Vabadussoja_Ajaloo_Komitee, lk 14
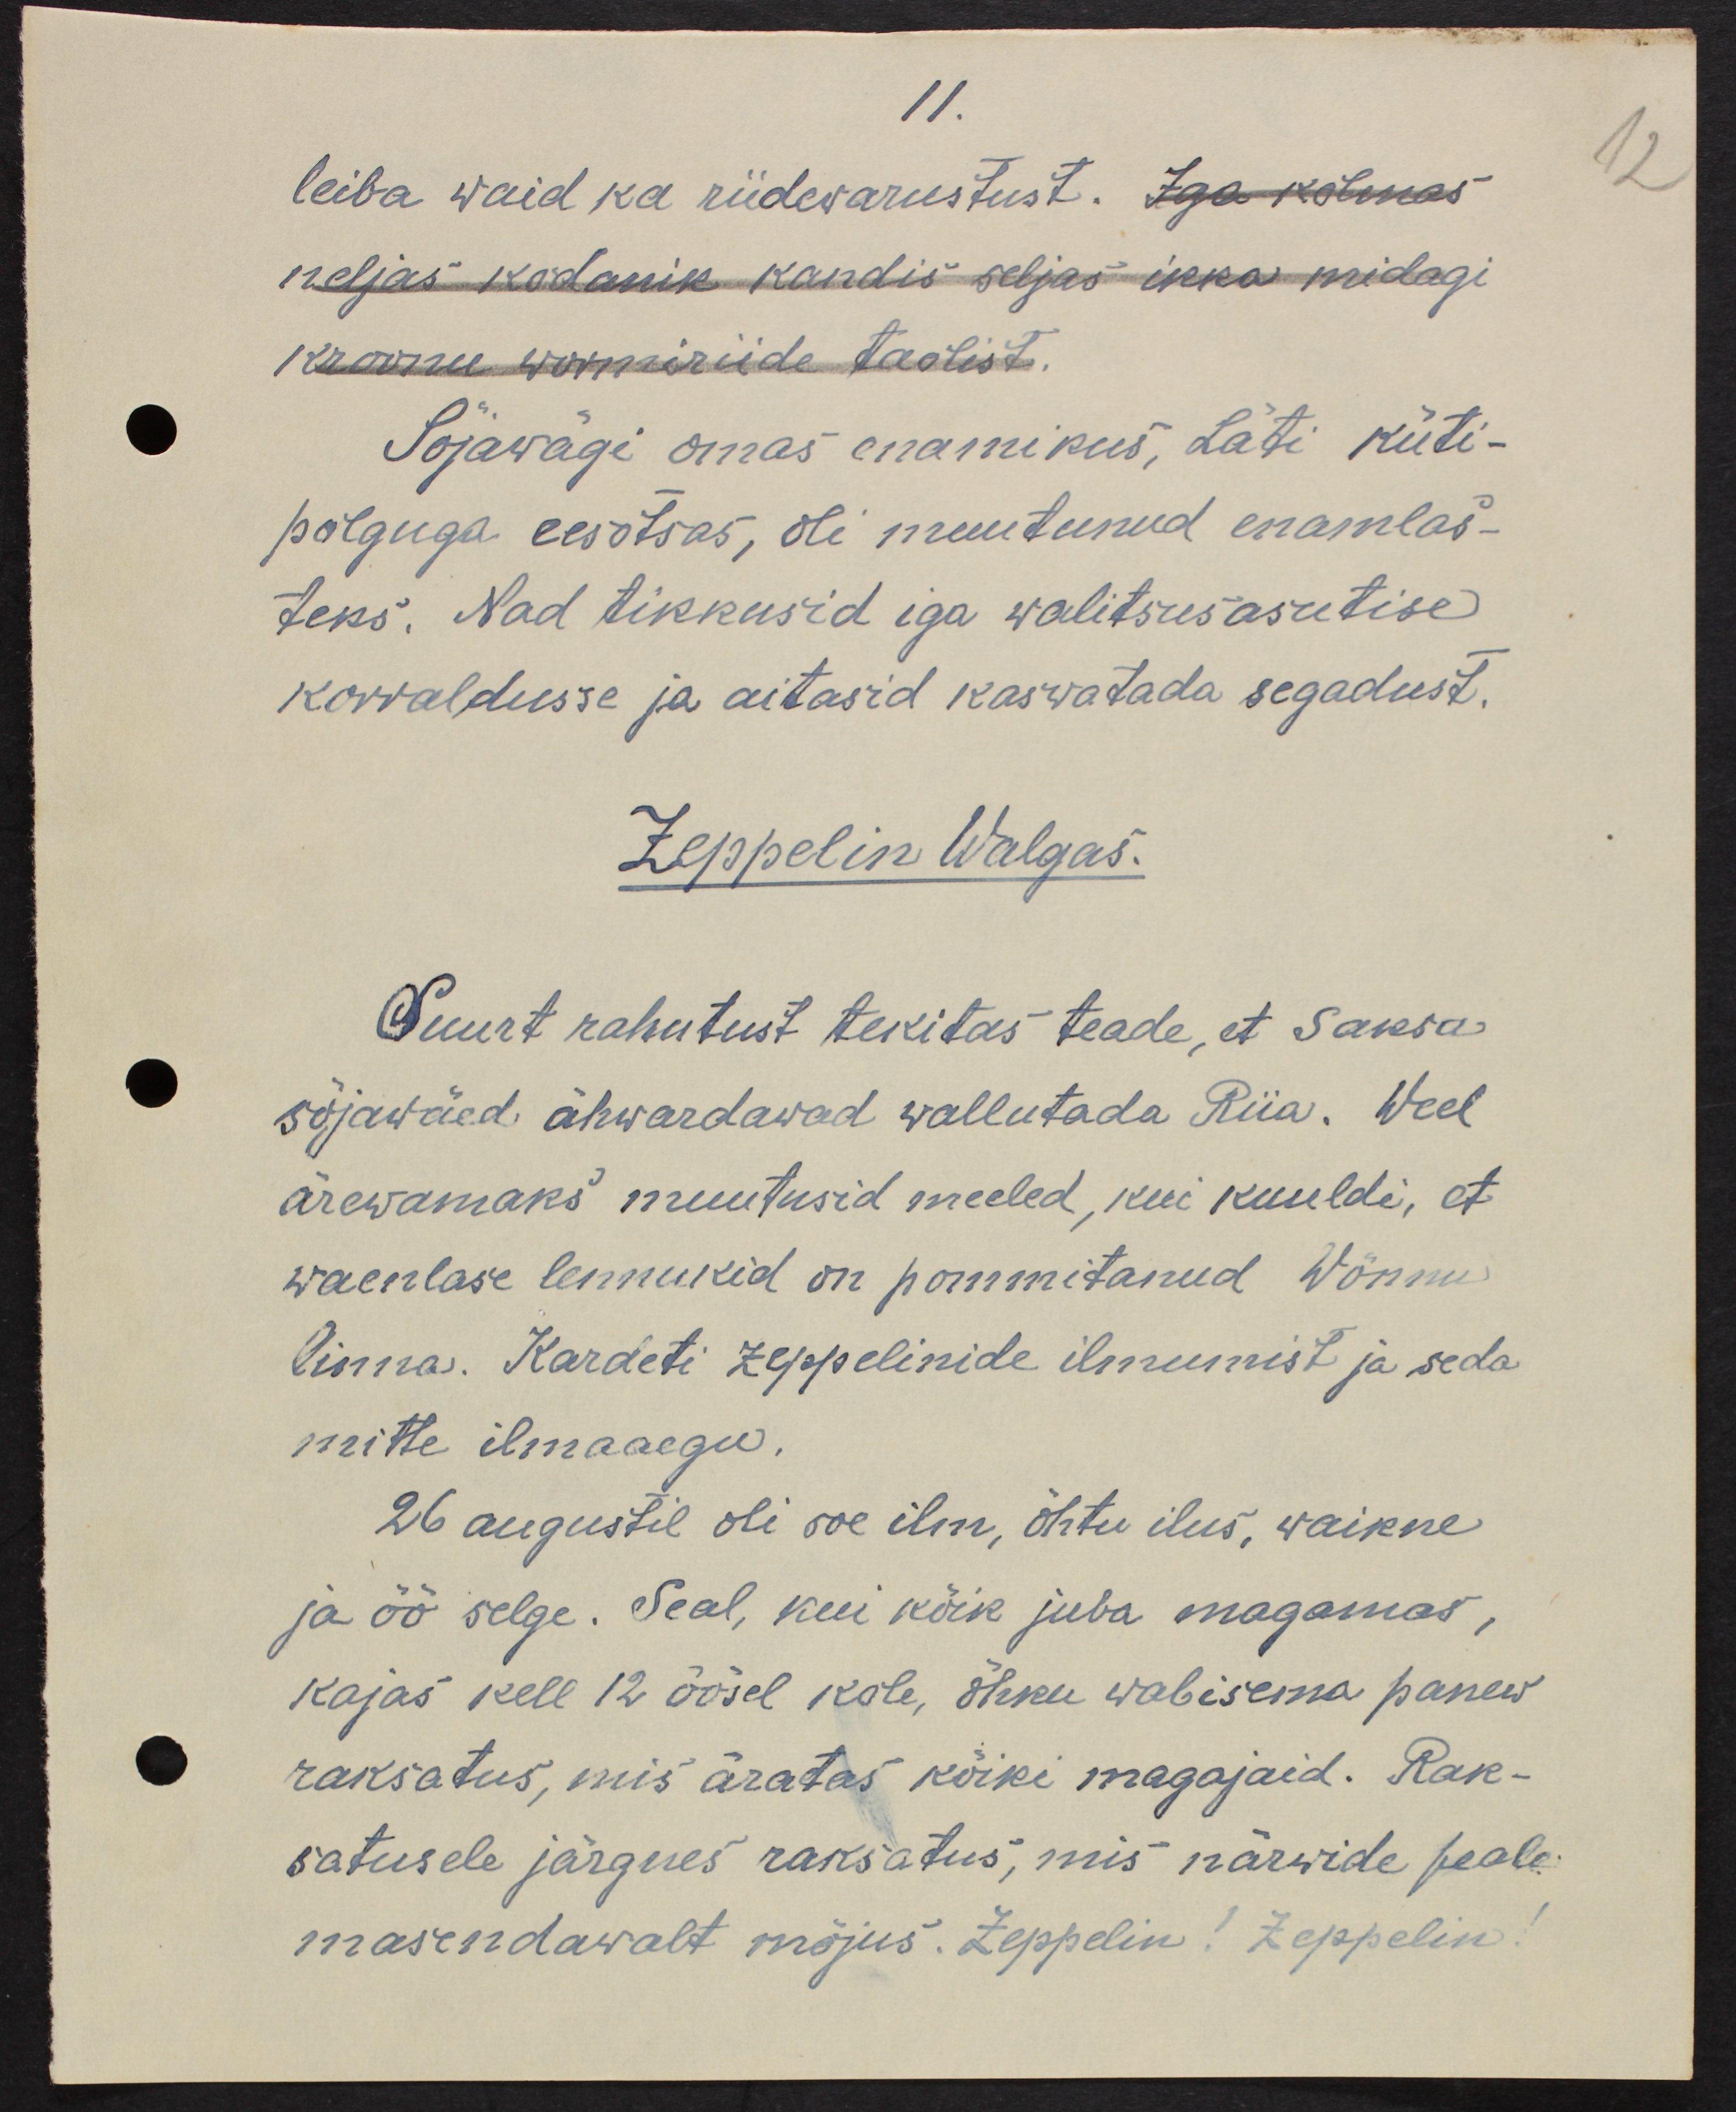
11.
leiba waid ka riidewarustust. Iga kolmas
neljas kodanik kandis seljas ikka midagi
kroonu wormiriide taolist.
Sõjawägi omas enamikus, Läti küti-
polguga eesotsas, oli muutunud enamlas-
teks. Nad tikkusid iga walitsusasutise
korraldusse ja aitasid kaswatada segadust.
Zeppelin Walgas.
Suurt rahutust tekitas teade, et saksa
sõjawäed ähwardavad wallutada Riia. Weel
ärewamaks muutusid meeled, kui kuuldi, et 
waenlase lennukid on pommitanud Wõnnu
linna. Kardeti zeppelinide ilmumist ja seda
mitte ilmaaegu.
26 augustil oli soe ilm, õhtu ilus, waikne
ja öö selge. Seal, kui kõik juba magamas,
kajas kell 12 öösel kole, õhku wabisema panew
raksatus, mis äratas kõiki magajaid. Rak-
satusele järgnes raksatus, mis närwide peale
masendawalt mõjus. Zeppelin! Zeppelin!